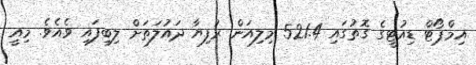
އިމްޕޯޓް ޑިއުޓީގެ ގޮތުގައި 521.4 މިލިއަން ރުފިޔާ ދައުލަތަށް ލިބިފައި ވެއެވެ. މިއީ